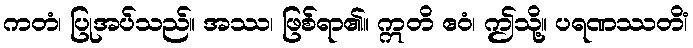
ကတံ၊ ပြုအပ်သည်။ အဿ၊ ဖြစ်ရာ၏။ ဣတိ ဧဝံ၊ ဤသို့။ ပရဏဿတိံ၊